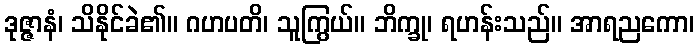
ဒုဇ္ဇာနံ၊ သိနိုင်ခဲ၏။ ဂဟပတိ၊ သူကြွယ်။ ဘိက္ခု၊ ရဟန်းသည်။ အာရညကော၊